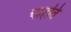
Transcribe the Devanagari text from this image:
चाहति